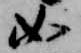
如